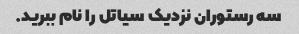
سه رستوران نزدیک سیاتل را نام ببرید.